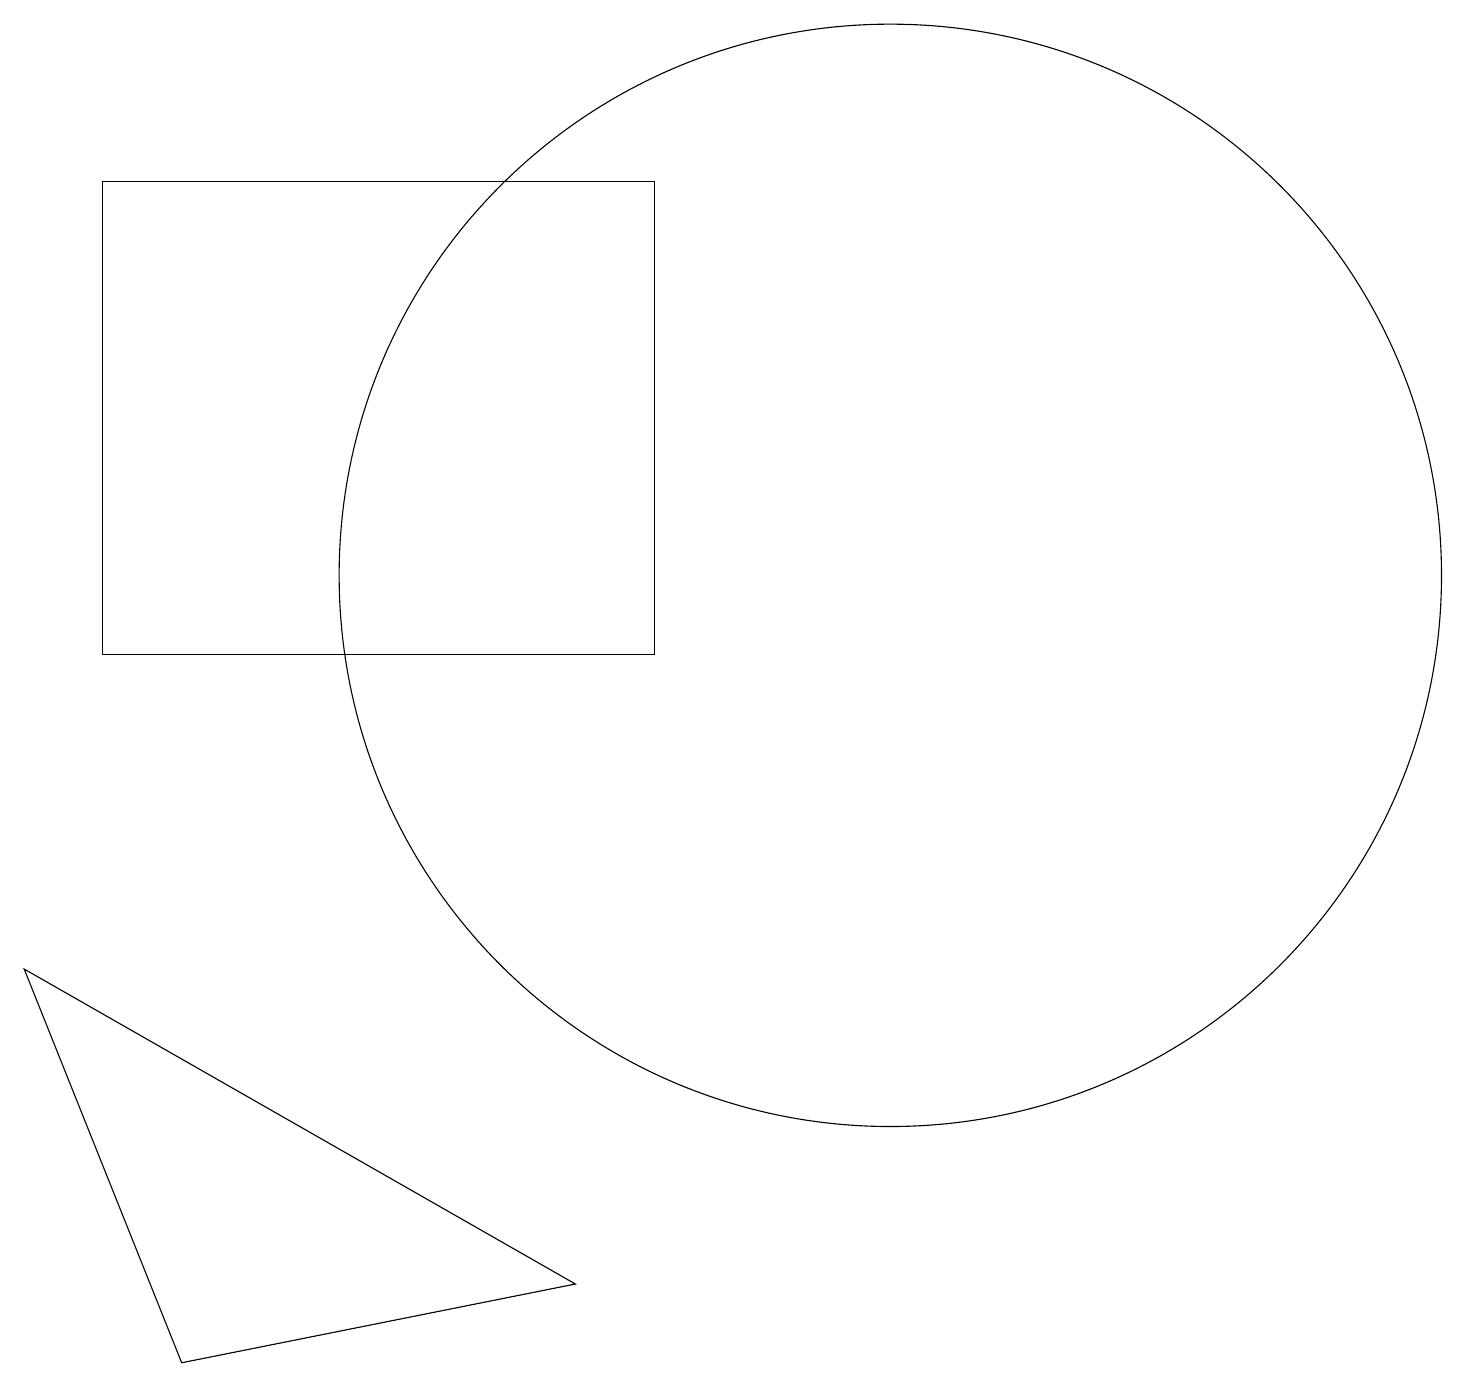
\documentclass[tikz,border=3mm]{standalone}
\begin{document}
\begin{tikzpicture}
\draw (2,10) rectangle (9,16);
\draw (12,11) circle (7);
\draw (8,2) -- (1,6) -- (3,1) -- cycle;
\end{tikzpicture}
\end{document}